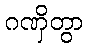
ဂဏှိတွာ